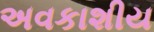
અવકાશીય